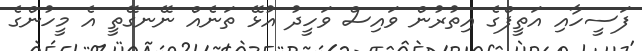
ފަސީހާއި އަތީފްގެ އިތުރުން ވައިސް ވަހީދު އުޅޭ ތަނެއް ނޭނގޭތީ އެ މީހުންގެ